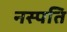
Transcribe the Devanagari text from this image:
नस्पति